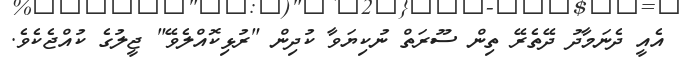
އެއީ ދެނަމާދު ދޭތެރޭ ތިން ސޫރަތް ނުކިޔަވާ ކުދިން "ރުޅިކޮއްލެވޭ" ޖީލުގެ ކުއްޖެކެވެ.